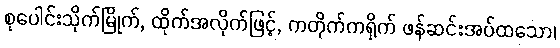
စုပေါင်းသိုက်မြိုက်, ထိုက်အလိုက်ဖြင့်, ကတိုက်ကရိုက် ဖန်ဆင်းအပ်ထသော၊